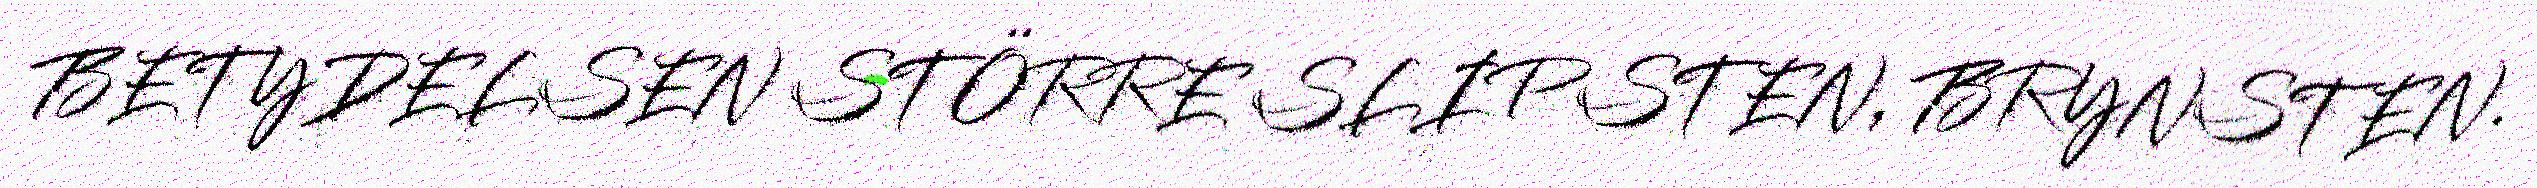
BETYDELSEN STÖRRE SLIPSTEN, BRYNSTEN.